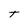
Character: T